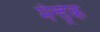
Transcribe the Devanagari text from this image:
मॅन्ड्रेक